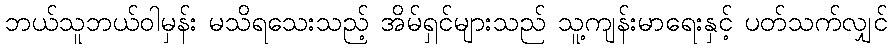
ဘယ်သူဘယ်ဝါမှန်း မသိရသေးသည့် အိမ်ရှင်များသည် သူ့ကျန်းမာရေးနှင့် ပတ်သက်လျှင်